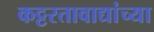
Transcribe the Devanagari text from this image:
कट्टरतावाद्यांच्या